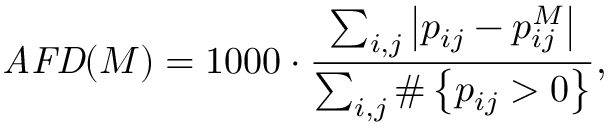
\mathit { A F D } ( M ) = 1 0 0 0 \cdot \frac { \sum _ { i , j } \left| p _ { i j } - p _ { i j } ^ { M } \right| } { \sum _ { i , j } \# \left\{ p _ { i j } > 0 \right\} } ,